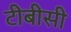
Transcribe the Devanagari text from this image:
टीबीसी